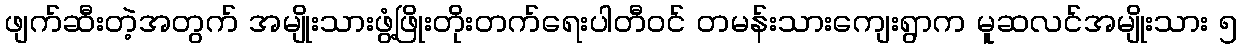
ဖျက်ဆီးတဲ့အတွက် အမျိုးသားဖွံ့ဖြိုးတိုးတက်ရေးပါတီဝင် တမန်းသားကျေးရွာက မူဆလင်အမျိုးသား ၅